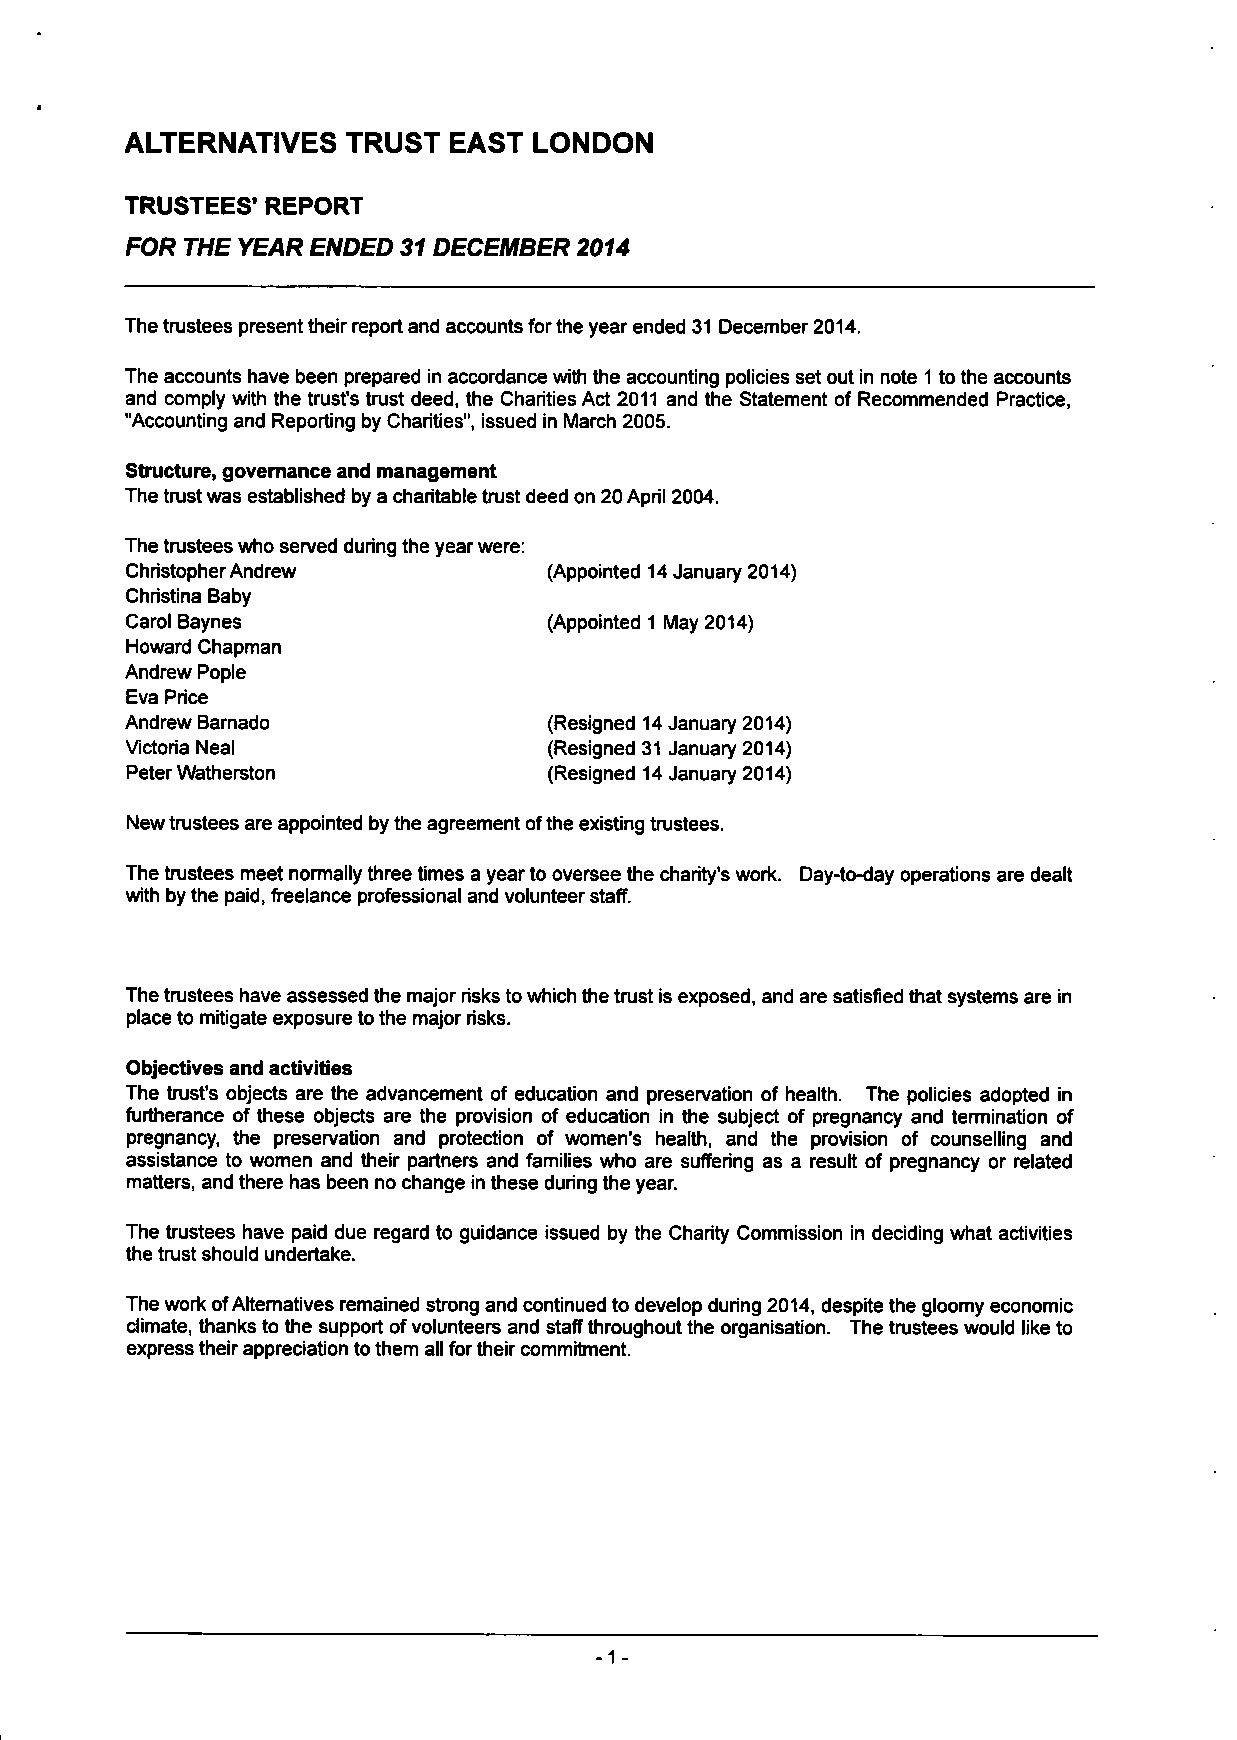
ALTERNATIVES   TRUST  EAST LONDON
 TRUSTEES' REPORT
 FOR THE YEAR ENDED 31 DECEMBER 2014
 The trustees present their report and accounts for the year ended 31 December 2014.
 The accounts have been prepared in accordance with the accounting policies set out in note 1 to the accounts
 and comply with the trust's trust deed, the Charities Act 2011 and the Statement of Recommended Practice,
 "Accounting and Reporting by Charities", issued in March 2005.
 Structure, governance and management
 The trust was established by a charitable trust deed on 20 April 2004.
 The trustees who served during the year were:
 Christopher Andrew          (Appointed 14 January 2014)
 Christina Baby
 Carol Baynes                (Appointed 1 May 2014)
 Howard Chapman
 Andrew Pople
 Eva Price
 Andrew Barnado              (Resigned 14 January 2014)
 victoria Neal               (Resigned 31 January 2014)
 Peter Watherston            (Resigned 14 January 2014)
 New trustees are appointed by the agreement of the existing trustees.
 The trustees meet normally three times a year to oversee the charity's work. Day-to-day operations are dealt
 with by the paid, freelance professional and volunteer staff.
 The trustees have assessed the major risks to which the trust is exposed, and are satisfied that systems are in
 place to mitigate exposure to the major risks.
 Objectives and activities
 The trust's objects are the advancement of education and preservation of health. The policies adopted in
 furtherance of these objects are the provision of education in the subject of pregnancy and termination of
 pregnancy, the preservation and protection of women's health, and the provision of counselling and
 assistance to women and their partners and families who are suffering as a result of pregnancy or related
 matters, and there has been no change in these during the year.
 The trustees have paid due regard to guidance issued by the Charity Commission in deciding what activities
 the trust should undertake.
 The work of Alternatives remained strong and continued to develop during 2014, despite the gloomy economic
 climate, thanks to the support of volunteers and staff throughout the organisation. The trustees would like to
 express their appreciation to them all for their commitment.